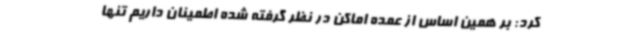
کرد: بر همین اساس از عمده اماکن در نظر گرفته شده اطمینان داریم تنها